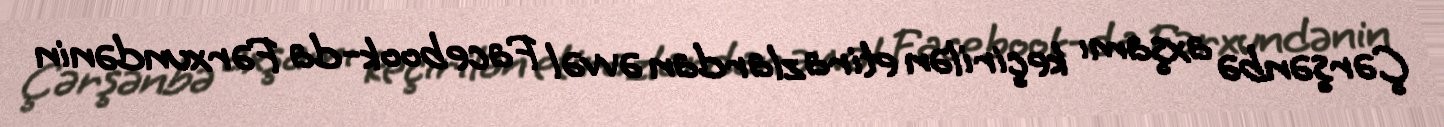
Çərşənbə axşamı keçirilən etirazlardan əvvəl Facebook-da Fərxundənin